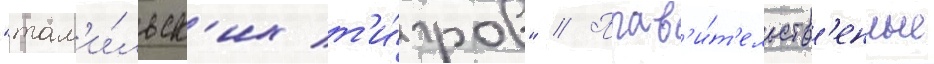
"там'и́льск'их т'и́гров" // Прав'и́т'ельств'енные